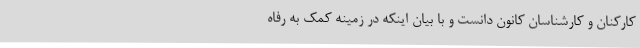
کارکنان و کارشناسان کانون دانست و با بیان اینکه در زمینه‌ کمک به رفاه